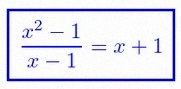
\frac{x^2-1}{x-1}=x+1